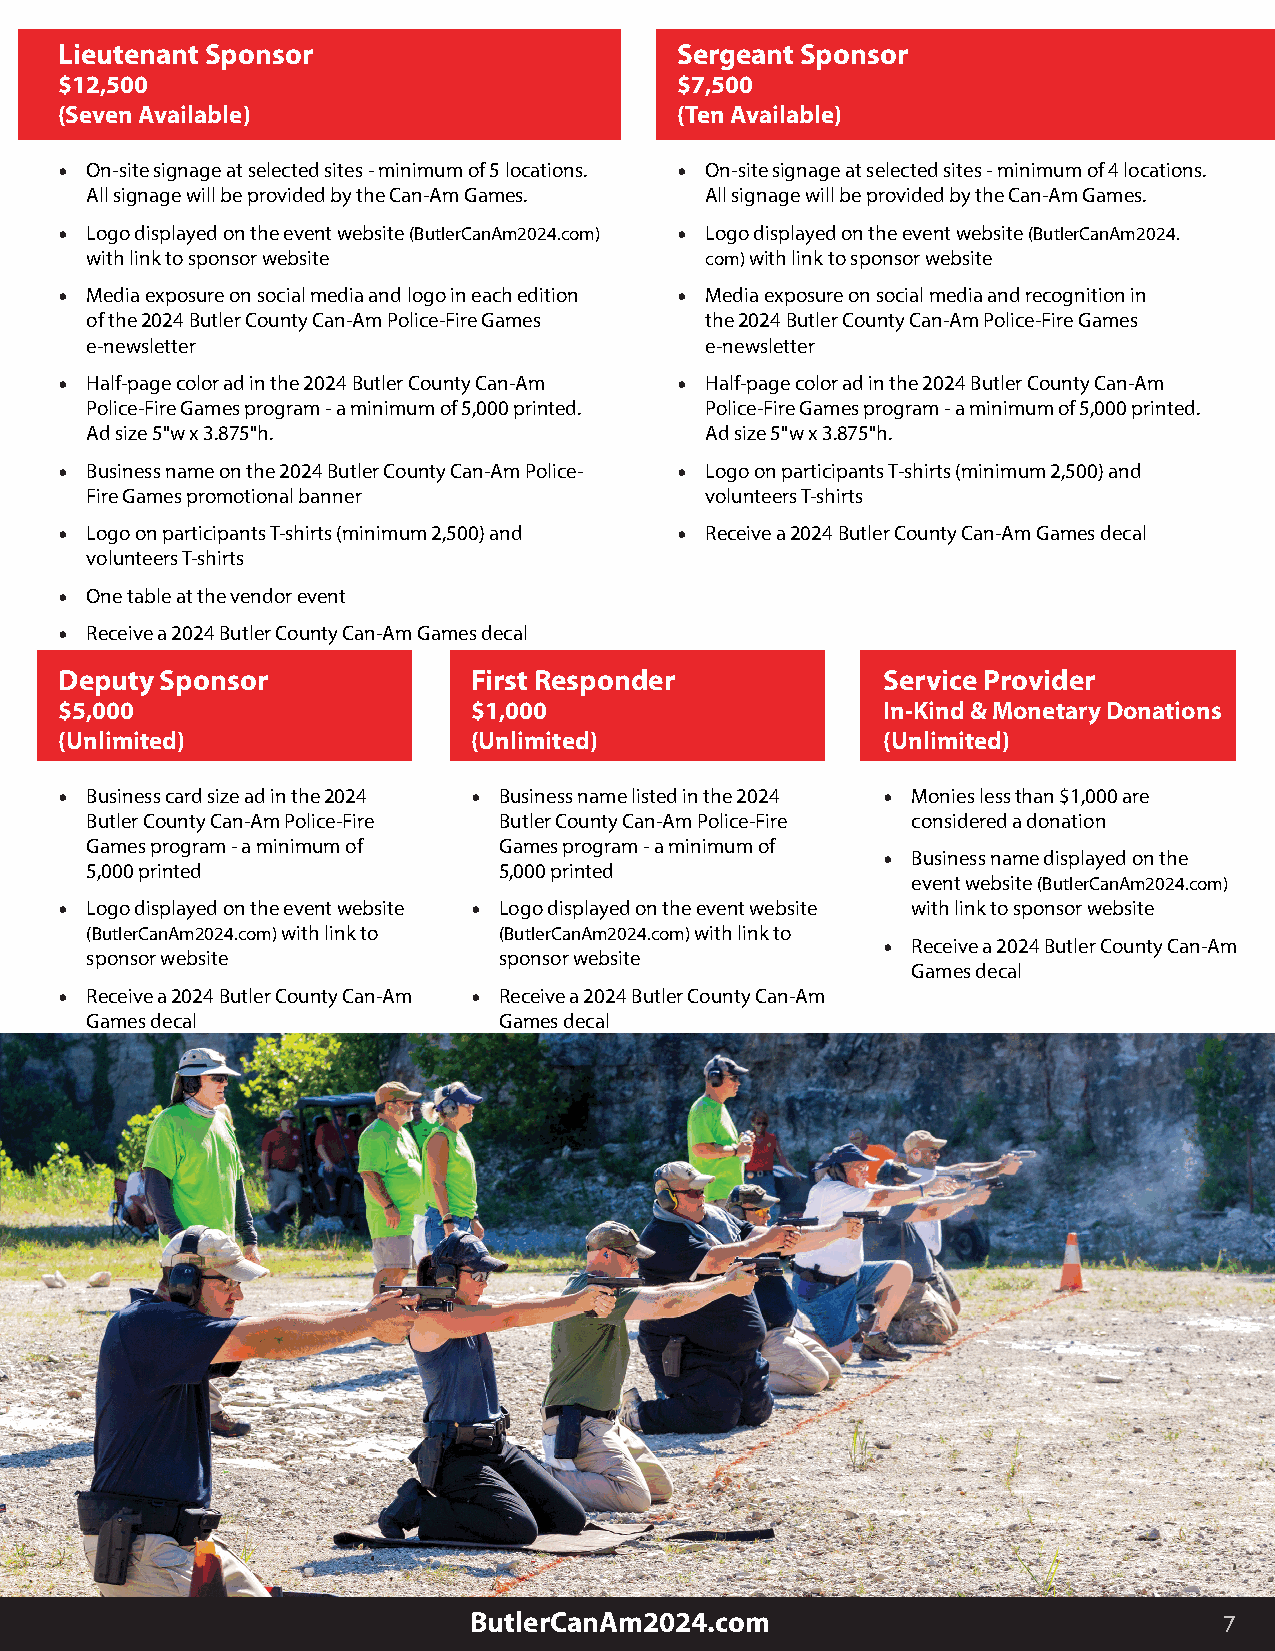
Lieutenant Sponsor                       Sergeant Sponsor
 $12,500                                  $7,500
 (Seven Available)                        (Ten Available)
 • On-site signage at selected sites - minimum of 5 locations. • On-site signage at selected sites - minimum of 4 locations.
 All signage will be provided by the Can-Am Games. All signage will be provided by the Can-Am Games.
 • Logo displayed on the event website (ButlerCanAm2024.com) • Logo displayed on the event website (ButlerCanAm2024.
 with link to sponsor website             com) with link to sponsor website
 • Media exposure on social media and logo in each edition • Media exposure on social media and recognition in
 of the 2024 Butler County Can-Am Police-Fire Games the 2024 Butler County Can-Am Police-Fire Games
 e-newsletter                             e-newsletter
 • Half-page color ad in the 2024 Butler County Can-Am • Half-page color ad in the 2024 Butler County Can-Am
 Police-Fire Games program - a minimum of 5,000 printed. Police-Fire Games program - a minimum of 5,000 printed.
 Ad size 5"w x 3.875"h.                   Ad size 5"w x 3.875"h.
 • Business name on the 2024 Butler County Can-Am Police- • Logo on participants T-shirts (minimum 2,500) and
 Fire Games promotional banner            volunteers T-shirts
 • Logo on participants T-shirts (minimum 2,500) and • Receive a 2024 Butler County Can-Am Games decal
 volunteers T-shirts
 • One table at the vendor event
 • Receive a 2024 Butler County Can-Am Games decal
 Deputy Sponsor             First Responder            Service Provider
 $5,000                     $1,000                     In-Kind & Monetary Donations
 (Unlimited)                (Unlimited)                (Unlimited)
 • Business card size ad in the 2024 • Business name listed in the 2024 • Monies less than $1,000 are
 Butler County Can-Am Police-Fire Butler County Can-Am Police-Fire considered a donation
 Games program - a minimum of Games program - a minimum of
 • Business name displayed on the
 5,000 printed              5,000 printed
 event website (ButlerCanAm2024.com)
 • Logo displayed on the event website • Logo displayed on the event website with link to sponsor website
 (ButlerCanAm2024.com) with link to (ButlerCanAm2024.com) with link to
 • Receive a 2024 Butler County Can-Am
 sponsor website            sponsor website
 Games decal
 • Receive a 2024 Butler County Can-Am • Receive a 2024 Butler County Can-Am
 Games decal                Games decal
 ButlerCanAm2024.com                               7